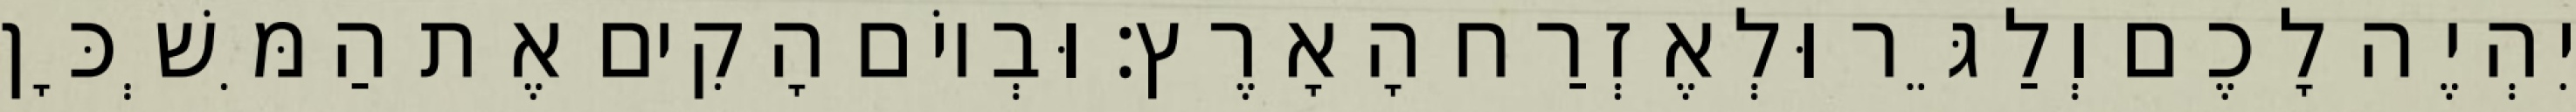
יִהְיֶה לָכֶם וְלַגֵּר וּלְאֶזְרַח הָאָרֶץ׃ וּבְיוֹם הָקִים אֶת הַמִּשְׁכָּן